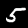
Digit: 5